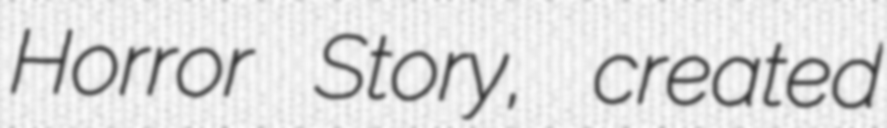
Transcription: Horror Story, created